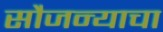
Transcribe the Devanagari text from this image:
सौजन्याचा